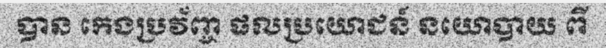
បាន កេងប្រវ័ញ្ច ផលប្រយោជន៍ នយោបាយ ពី